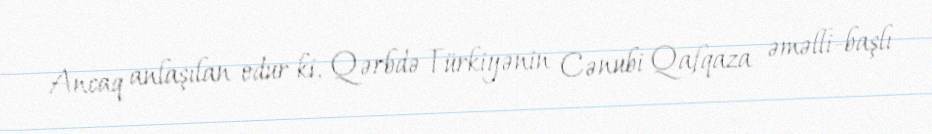
Ancaq anlaşılan odur ki, Qərbdə Türkiyənin Cənubi Qafqaza əməlli-başlı